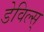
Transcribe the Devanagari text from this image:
डेविल्स्